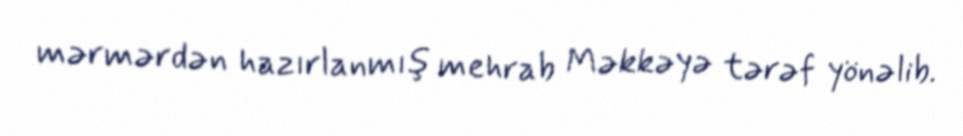
mərmərdən hazırlanmış mehrab Məkkəyə tərəf yönəlib.